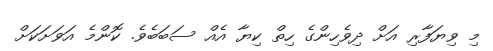
މި ވިޔަފާރި އަށް ދިވެހިންގެ ހިތް ކިޔާ އެއް ސަބަބެވެ. ކޮންމެ އަވަށަކަށް